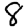
Digit: 8